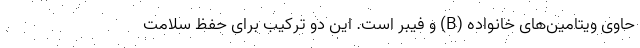
حاوی ویتامین‌های خانواده (B) و فیبر است. این دو ترکیب برای حفظ سلامت